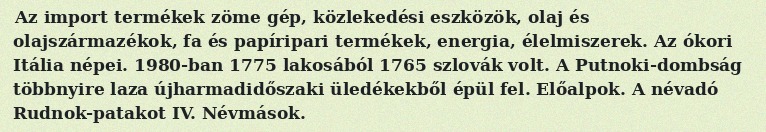
Az import termékek zöme gép, közlekedési eszközök, olaj és olajszármazékok, fa és papíripari termékek, energia, élelmiszerek. Az ókori Itália népei. 1980-ban 1775 lakosából 1765 szlovák volt. A Putnoki-dombság többnyire laza újharmadidőszaki üledékekből épül fel. Előalpok. A névadó Rudnok-patakot IV. Névmások.